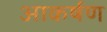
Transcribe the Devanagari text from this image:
आकर्षण्‍ा